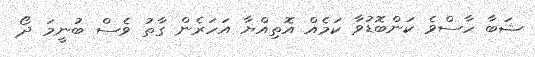
ޝަބާ ހާސްވެ ކަންބޮޑުވާ ކަމެއް އޮތިއްޔާ އަހަރެން ގާތު ވެސް ބުނީމަ ދޯ